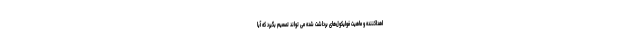
اهداکننده و ماهیت فولیکول‌های برداشت شده می تواند تصمیم بگیرد که آیا